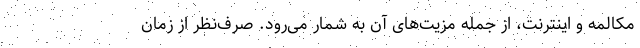
مکالمه و اینترنت، از جمله مزیت‌های آن به شمار می‌رود. صرف‌نظر از زمان